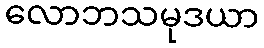
လောဘသမုဒယာ